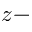
z -